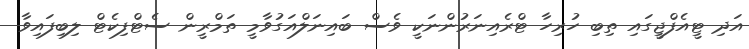
އަދި ޓީއެފްޖީގައި ތިބި ހުރިހާ ޓްރެއިނަރުންނަކީ ވެސް ބައިނަލްއަގުވާމީ ތަމްރީން ސެޓްފިކެޓް ލިބިފައިވާ